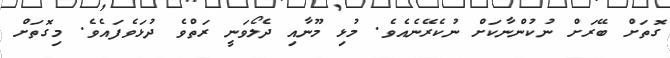
ގޮތަށް ބޭރަށް ނުކުންނާކަށް ނުކެރޭނެއެވެ. މުޅި މޫނާއި ދެލޯވަނީ ރަތްވެ ދުޅަވެފައެވެ. މިގޮތަށް